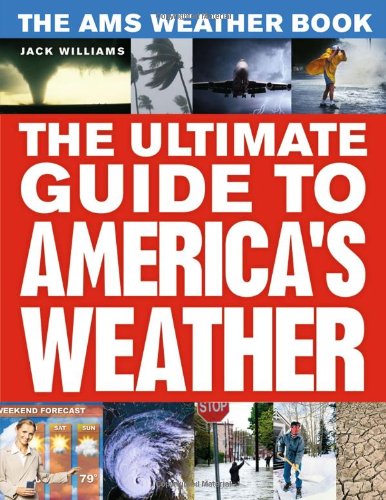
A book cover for The AMS Weather Book: The Ultimate Guide to America's Weather; Jack Williams; Science & Math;